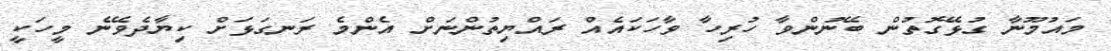
މައުމޫނާ ގުޅޭގޮތުން ބޭނުންވާ ހުރިހާ ވާހަކައެއް ރައްޔިތުންނަށް އެންމެ ރަނގަޅަށް ކިޔާދެވޭނެ މީހަކީ